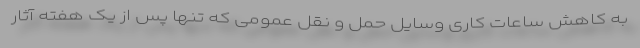
به کاهش ساعات کاری وسایل حمل و نقل عمومی که تنها پس از یک هفته آثار